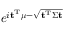
\! \, e ^ { i \mathbf { t } ^ { \mathrm { T } } { \boldsymbol { \mu } } - { \sqrt { \mathbf { t } ^ { \mathrm { T } } { \boldsymbol { \Sigma } } \mathbf { t } } } }